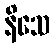
နိသေ